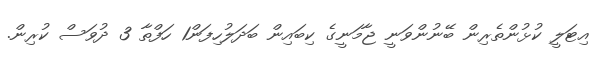
އިޓަލީ ކުޅުންތެރިން ބޭނުންވަނީ ޖާމަނީގެ ކިބައިން ބަދަލުހިފަން1 ހަފްތާ 3 ދުވަސް ކުރިން.